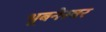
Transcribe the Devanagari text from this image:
भूबनेस्वर